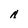
Character: A